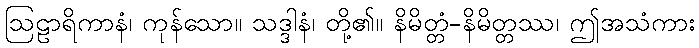
ဩဠာရိကာနံ၊ ကုန်သော။ သဒ္ဒါနံ၊ တို့၏။ နိမိတ္တံ-နိမိတ္တဿ၊ ဤအသံကား